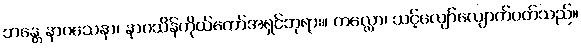
ဘန္တေ နာဂသေနာ၊ နာဂသိန်ကိုယ်တော်အရှင်ဘုရား။ ကလ္လော၊ သင့်လျော်လျောက်ပတ်သည်။